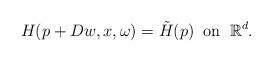
LaTeX: \begin{align*} H(p+Dw,x,\omega)=\tilde{H}(p)\;\;\textrm{on}\;\;\mathbb{R}^d.\end{align*}